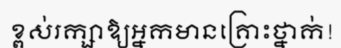
ខ្ពស់រក្សាឱ្យអ្នកមានគ្រោះថ្នាក់!